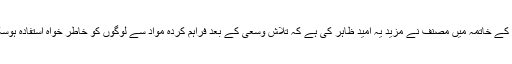
جام جم کے خاتمہ میں مصنف نے مزید یہ امید ظاہر کی ہے کہ تلاش وسعی کے بعد فراہم کردہ مواد سے لوگوں کو خاطر خواہ استفادہ ہوسکے گا۔